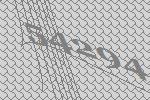
54294